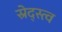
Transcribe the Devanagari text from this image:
स्रेद्स्त्व